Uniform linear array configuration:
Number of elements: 24
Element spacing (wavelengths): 1
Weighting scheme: hamming
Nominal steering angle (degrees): -30
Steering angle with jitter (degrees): -29.225
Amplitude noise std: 0.05
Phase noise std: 0.05

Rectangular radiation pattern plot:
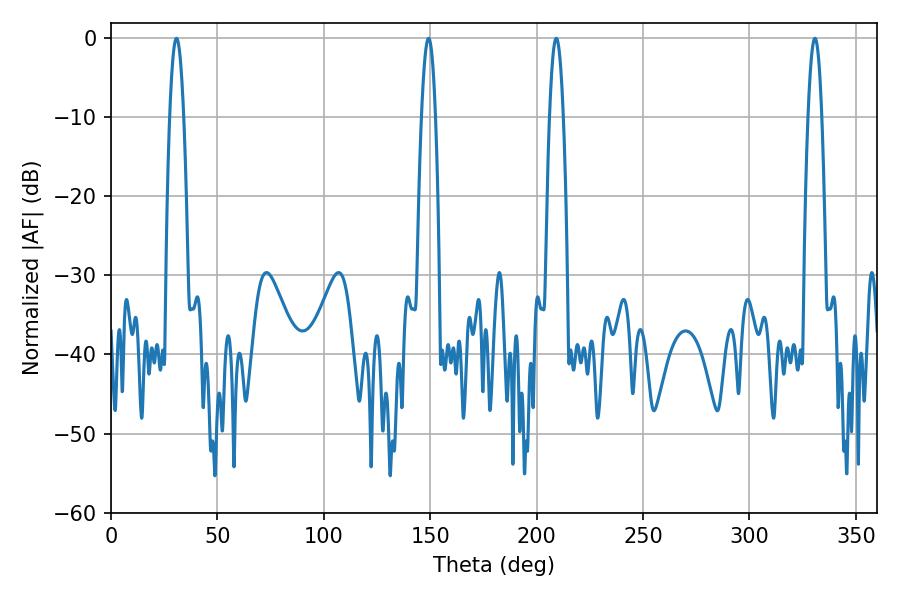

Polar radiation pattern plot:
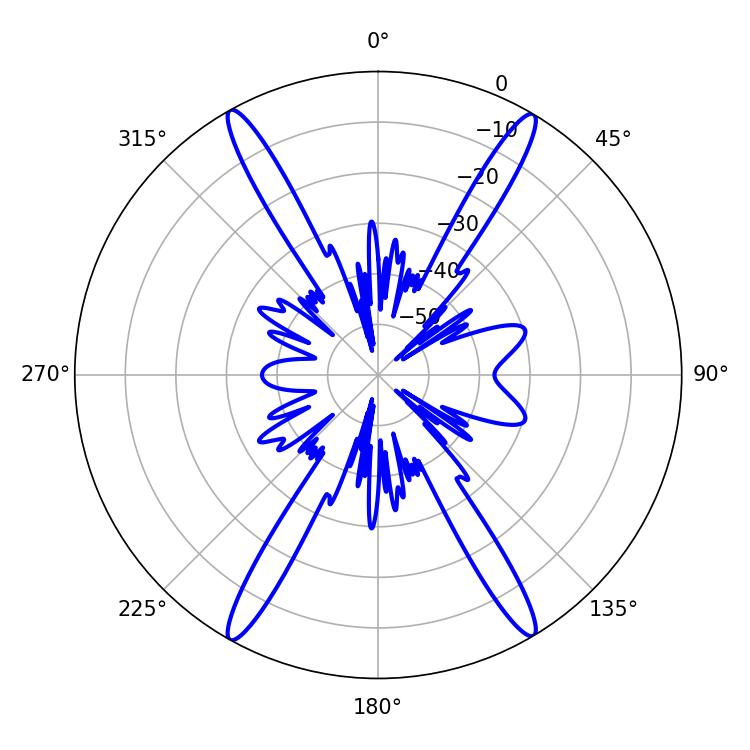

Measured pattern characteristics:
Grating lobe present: TRUE
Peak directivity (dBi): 26.393
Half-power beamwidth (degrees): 3.6
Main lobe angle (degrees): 30.78